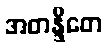
အတန္ဒိတေ